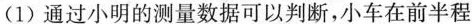
(1)通过小明的测量数据可以判断，小车在前半程